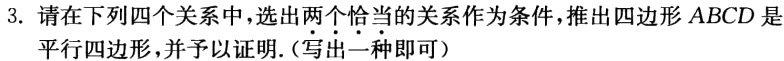
3. 请在下列四个关系中，选出两个恰当的关系作为条件，推出四边形 \(ABCD\) 是平行四边形，并予以证明.（写出一种即可）